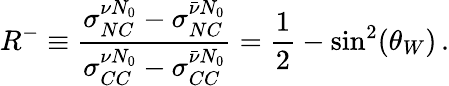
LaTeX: R^{-}\equiv\frac{\sigma_{NC}^{\nu N_{0}}-\sigma_{NC}^{\bar{\nu}N_{0}}}{\sigma_{CC}^{\nu N_{0}}-\sigma_{CC}^{\bar{\nu}N_{0}}}=\frac{1}{2}-\mathrm{sin}^{2}(\theta_{W})\, .